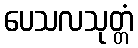
ပေသလသုတ္တံ